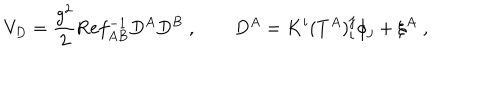
V _ { D } = \frac { g ^ { 2 } } 2 \mathrm { R e } f _ { A B } ^ { - 1 } D ^ { A } D ^ { B } \; , \qquad D ^ { A } = K ^ { i } ( T ^ { A } ) _ { i } ^ { j } \phi _ { j } + \xi ^ { A } \; ,